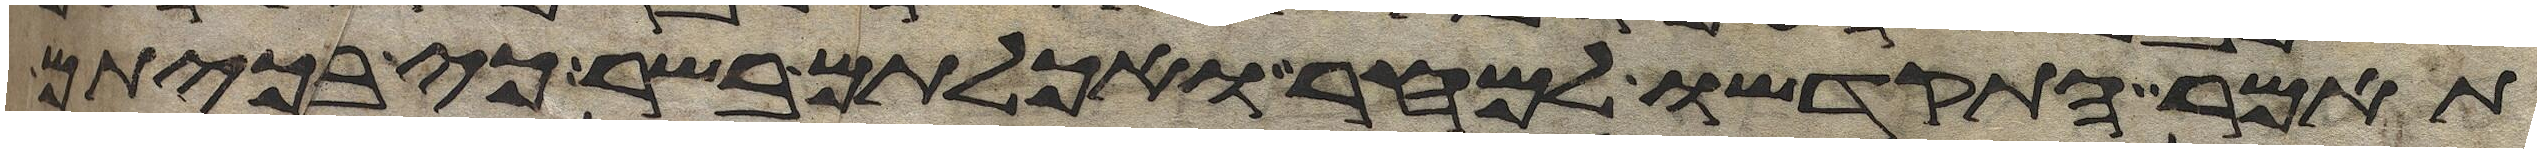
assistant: תאמר התקדשו למחר ואכלתם בשר כי בכיתם